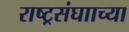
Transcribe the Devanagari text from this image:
राष्ट्रसंघााच्या